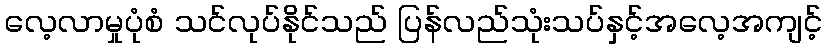
လေ့လာမှုပုံစံ သင်လုပ်နိုင်သည် ပြန်လည်သုံးသပ်နှင့်အလေ့အကျင့်